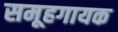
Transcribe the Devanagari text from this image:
समूहगायक